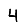
Digit: 4